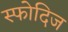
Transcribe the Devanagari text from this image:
स्फोदिज